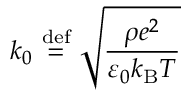
k _ { 0 } \ { \stackrel { \mathrm { d e f } } { = } } \ { \sqrt { \frac { \rho e ^ { 2 } } { \varepsilon _ { 0 } k _ { \mathrm { B } } T } } }